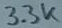
Text: 3.3k